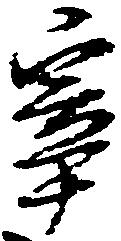
宰